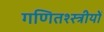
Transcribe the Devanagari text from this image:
गणितश्स्त्रीयों